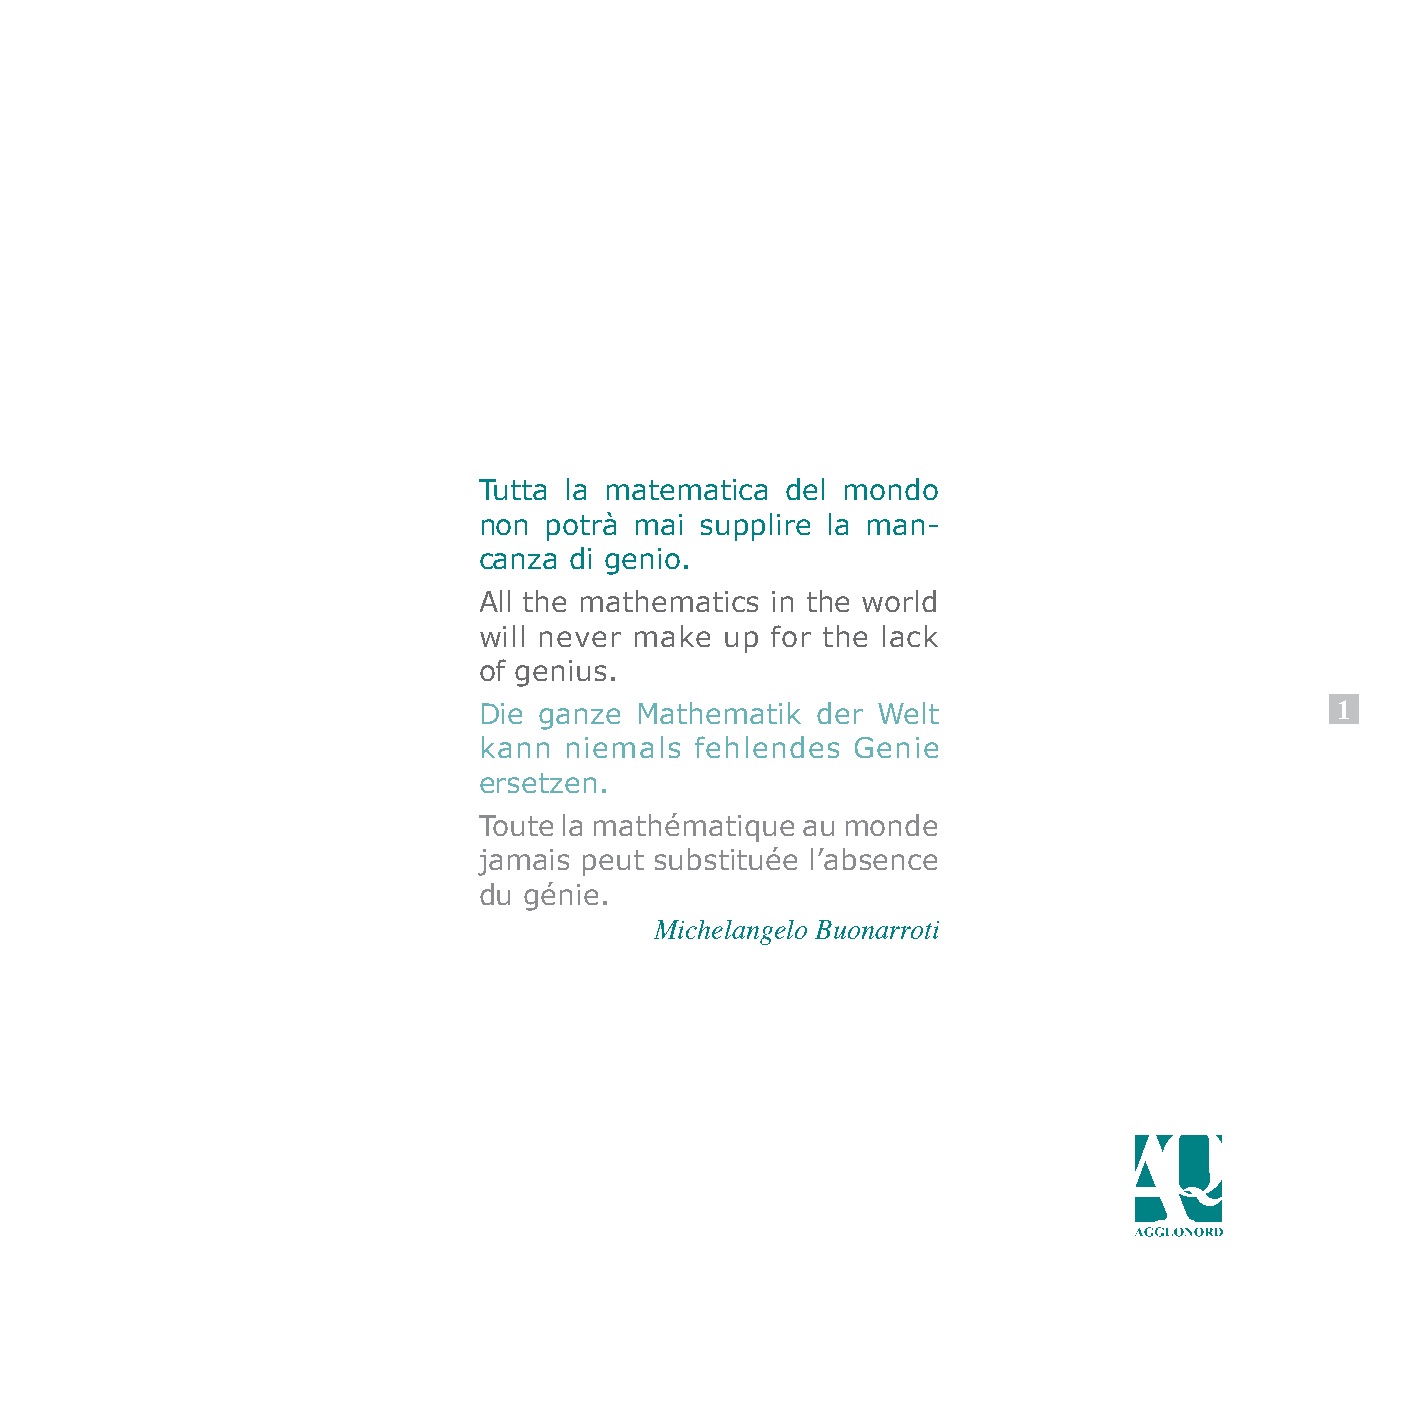
Tutta la matematica del mondo
 non potrà mai supplire la man-
 canza di genio.
 All the mathematics in the world
 will never make up for the lack
 of genius.
 Die ganze Mathematik  der Welt                          1
 kann niemals  fehlendes Genie
 ersetzen.
 Toute la mathématique au monde
 jamais peut substituée l’absence
 du génie.
 Michelangelo Buonarroti